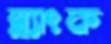
ব্ল্যাংক